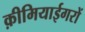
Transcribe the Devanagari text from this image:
क़ीमियाईगरों